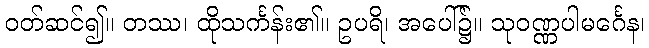
ဝတ်ဆင်၍။ တဿ၊ ထိုသင်္ကန်း၏။ ဥပရိ၊ အပေါ်၌။ သုဝဏ္ဏပါမင်္ဂေန၊